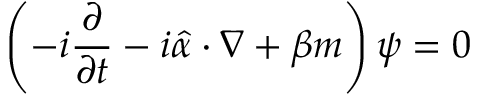
\left( - i { \frac { \partial } { \partial t } } - i { \hat { \alpha } } \cdot \nabla + \beta m \right) \psi = 0